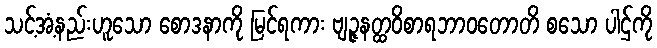
သင့်အံ့နည်းဟူသော စောဒနာကို မြင်ရကား ဗျဉ္ဇနတ္ထဝိစာရဘာဝတောတိ စသော ပါဌ်ကို